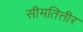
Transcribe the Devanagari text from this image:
सीमतित्तीर